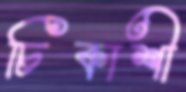
চিকাশী